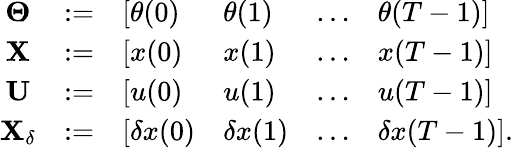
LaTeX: \begin{array}{r}{\begin{array}{ccllll}{\mathbf{\Theta}}&{:=}&{[\theta(0)}&{\theta(1)}&{\ldots}&{\theta(T-1)]}\\ {\mathbf{X}}&{:=}&{[x(0)}&{x(1)}&{\ldots}&{x(T-1)]}\\ {\mathbf{U}}&{:=}&{[u(0)}&{u(1)}&{\ldots}&{u(T-1)]}\\ {\mathbf{X}_{\delta}}&{:=}&{[\delta x(0)}&{\delta x(1)}&{\ldots}&{\delta x(T-1)].}\end{array}}\end{array}